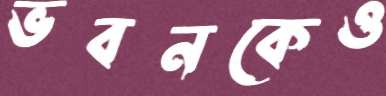
ভবনকেও